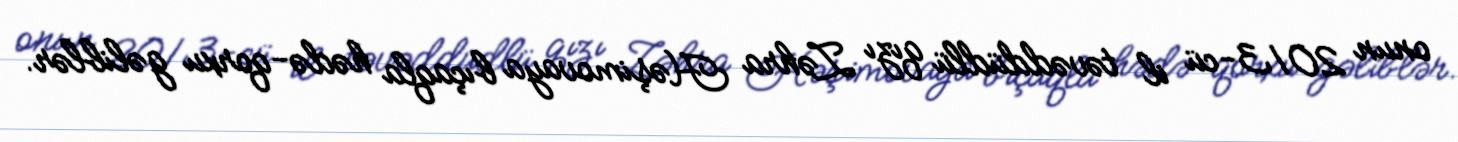
onun 2013-cü il təvəddüdlü qızı Zəhra Həşimovaya bıçaqla hədə-qorxu gəliblər.